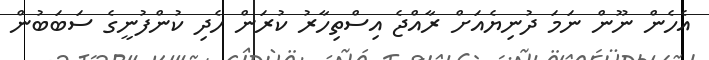
އެހެން ނޫން ނަމަ ދުނިޔެއަށް ރާއްޖެ އިސްތިހާރު ކުރަން ހެދި ކުންފުނީގެ ސަބަބުން